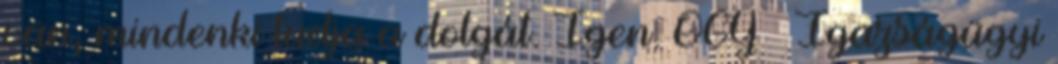
van, mindenki tudja a dolgát. Igen. OGY – Igazságügyi